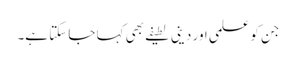
جن کو علمی اور دینی لطیفے بھی کہا جا سکتا ہے۔